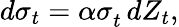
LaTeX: d\sigma_{t}=\alpha\sigma_{t}^{}\, dZ_{t},